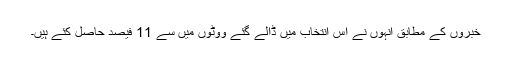
خبروں کے مطابق انہوں نے اس انتخاب میں ڈالے گئے ووٹوں میں سے 11 فیصد حاصل کئے ہیں۔